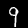
Digit: 9